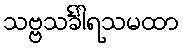
သဗ္ဗသင်္ခါရသမထာ